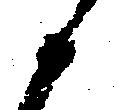
か